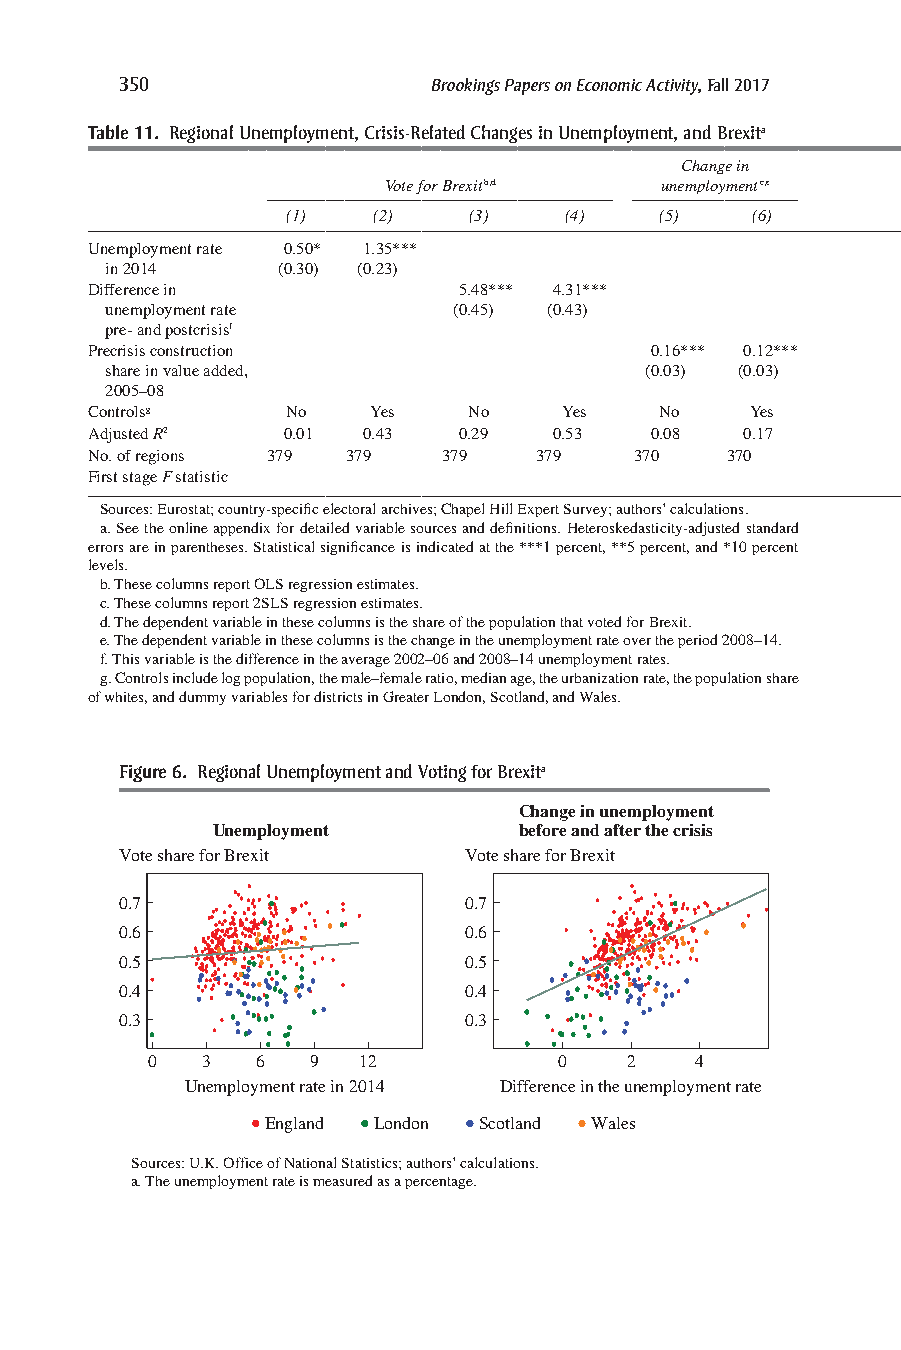
350                  Brookings Papers on Economic Activity, Fall 2017
 Table 11. Regional Unemployment, Crisis-Related Changes in Unemployment, and Brexita
 Change in
 Vote for Brexitb,d unemploymentc,e                       Vote for Brexitc,d
 (1)   (2)   (3)   (4)    (5)   (6)                 (7)   (8)   (9)   (10)  (11)  (12)
 Unemployment rate 0.50* 1.35***
 in 2014    (0.30) (0.23)
 Difference in           5.48*** 4.31***                                          15.48*** 17.35*** 12.00***
 unemployment rate      (0.45) (0.43)                                             (2.04) (2.76) (1.44)
 pre- and postcrisisf
 Precrisis construction               0.16*** 0.12***            2.44*** 2.16*** 1.90***
 share in value added,               (0.03) (0.03)             (0.28) (0.24) (0.22)
 2005–08
 Controlsg    No    Yes   No    Yes    No    Yes                 No    Yes   No    Yes    No    Yes
 Adjusted R2  0.01 0.43  0.29   0.53  0.08  0.17                 0.19  0.52  0.56 –0.69 –0.93  0.41
 No. of regions 379 379 379   379    370   370                 370    370   370   370   370   370
 First stage F statistic                                                          32.5   23.3  52.0
 Sources: Eurostat; country-specific electoral archives; Chapel Hill Expert Survey; authors’ calculations.
 a. See the online appendix for detailed variable sources and definitions. Heteroskedasticity-adjusted standard
 errors are in parentheses. Statistical significance is indicated at the ***1 percent, **5 percent, and *10 percent
 levels.
 b. These columns report OLS regression estimates.
 c. These columns report 2SLS regression estimates.
 d. The dependent variable in these columns is the share of the population that voted for Brexit.
 e. The dependent variable in these columns is the change in the unemployment rate over the period 2008–14.
 f. This variable is the difference in the average 2002–06 and 2008–14 unemployment rates.
 g. Controls include log population, the male–female ratio, median age, the urbanization rate, the population share
 of whites, and dummy variables for districts in Greater London, Scotland, and Wales.
 Figure 6. Regional Unemployment and Voting for Brexita
 Change in unemployment
 Unemployment        before and after the crisis
 Vote share for Brexit  Vote share for Brexit
 0.7                    0.7
 0.6                    0.6
 0.5                    0.5
 0.4                    0.4
 0.3                    0.3
 0  3   6  9   12           0   2    4
 Unemployment rate in 2014 Difference in the unemployment rate
 England London Scotland Wales
 Sources: U.K. Office of National Statistics; authors’ calculations.
 a. The unemployment rate is measured as a percentage.